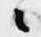
々